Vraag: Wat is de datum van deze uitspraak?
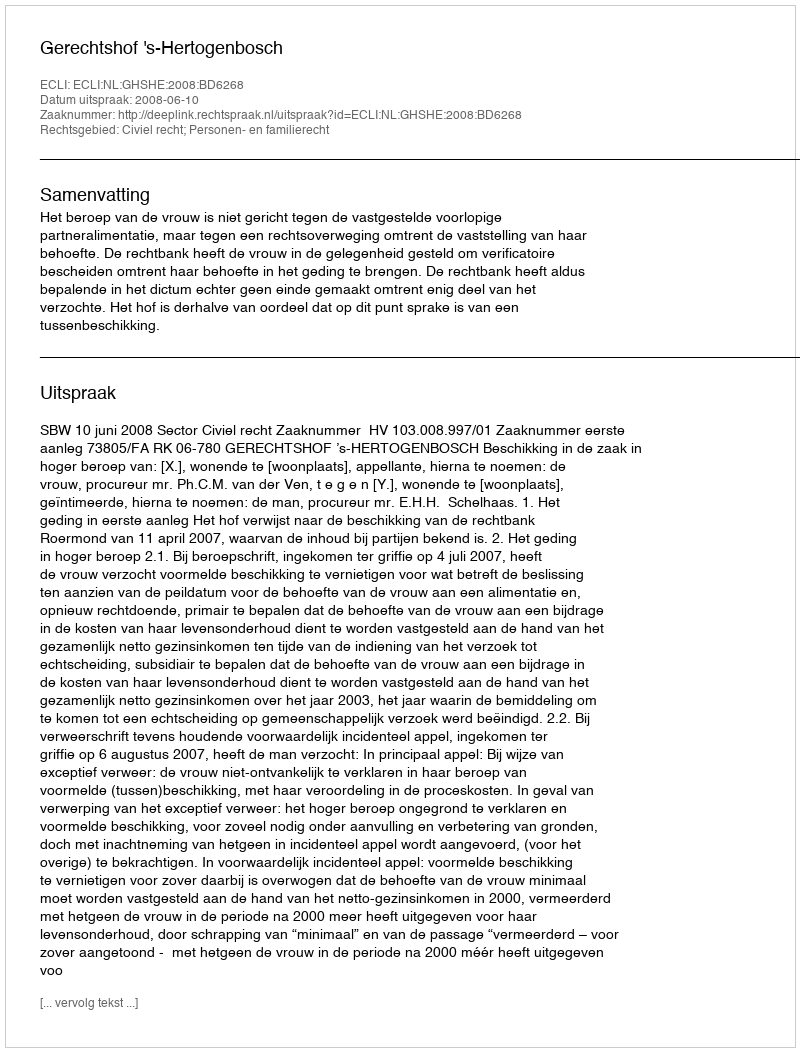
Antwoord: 2008-06-10